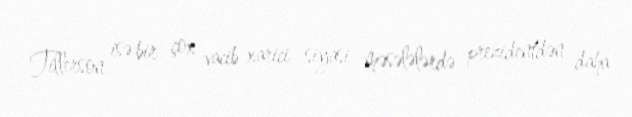
Tillerson isə bir çox vacib xarici siyasi məsələlərdə prezidentdən daha